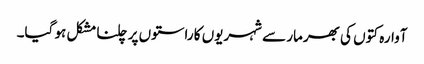
آوارہ کتوں کی بھرمار سے شہریوں کا راستوں پر چلنا مشکل ہو گیا۔